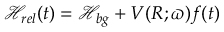
\mathcal { H } _ { r e l } ( t ) = \mathcal { H } _ { b g } + V ( R ; \boldsymbol { \varpi } ) f ( t )